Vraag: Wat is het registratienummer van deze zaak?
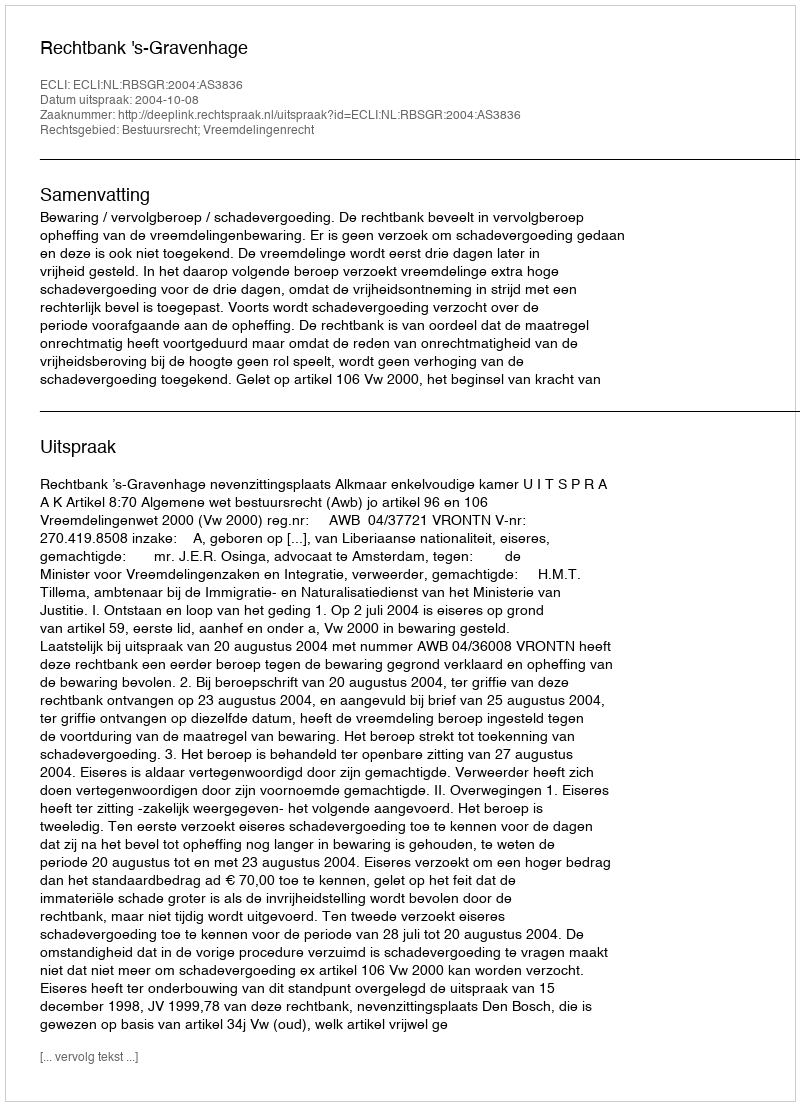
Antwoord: http://deeplink.rechtspraak.nl/uitspraak?id=ECLI:NL:RBSGR:2004:AS3836